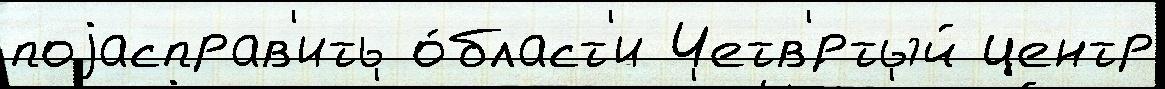
поjасправ'ить о́бласт'и Четв'́ртый центр